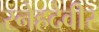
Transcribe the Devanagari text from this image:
स्नेहदेवीर